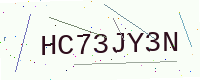
Text: HC73JY3N